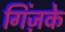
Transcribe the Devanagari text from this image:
गिंज़के